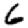
Digit: 6